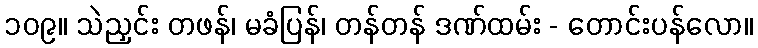
၁၀၉။ သဲညှင်း တဖန်၊ မခံပြန်၊ တန်တန် ဒဏ်ထမ်း - တောင်းပန်လော။